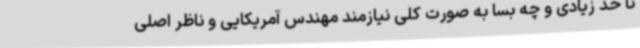
تا حد زیادی و چه بسا به صورت کلی نیازمند مهندس آمریکایی و ناظر اصلی